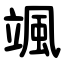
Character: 颯